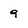
Character: 9